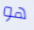
هو